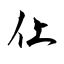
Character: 仩